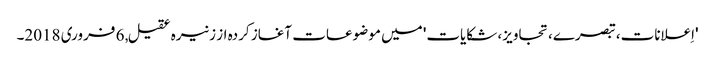
'اِعلانات، تبصرے، تجاویز، شکایات' میں موضوعات آغاز کردہ از زنیرہ عقیل, ‏6 فروری 2018۔